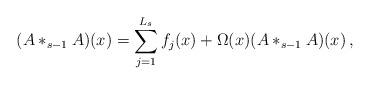
LaTeX: \begin{align*} (A *_{s-1} A) (x) = \sum_{j=1}^{L_s} f_j (x) + \Omega (x) (A *_{s-1} A)(x) \,,\end{align*}